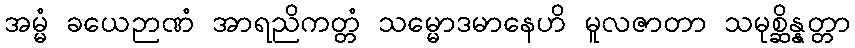
အမ္မံ ခယေဉာဏံ အာရညိကတ္တံ သမ္မောဒမာနေဟိ မူလဇာတာ သမုစ္ဆိန္နတ္တာ